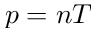
p = n T